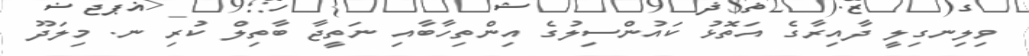
ވިލިނގިލީ ދާއިރާގެ އަތޮޅު ކައުންސިލުގެ އިންތިހާބާއި ނަތީޖާ ބާތިލް ކުރި ނ. މިލަދޫ